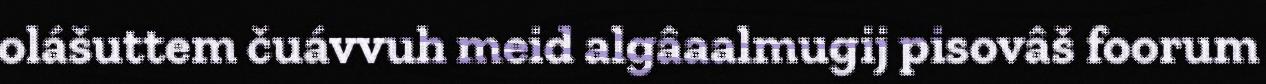
olášuttem čuávvuh meid algâaalmugij pisovâš foorum